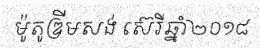
ម៉ូតូឌ្រីមសង់ ស៊េរីឆ្នាំ២០១៨